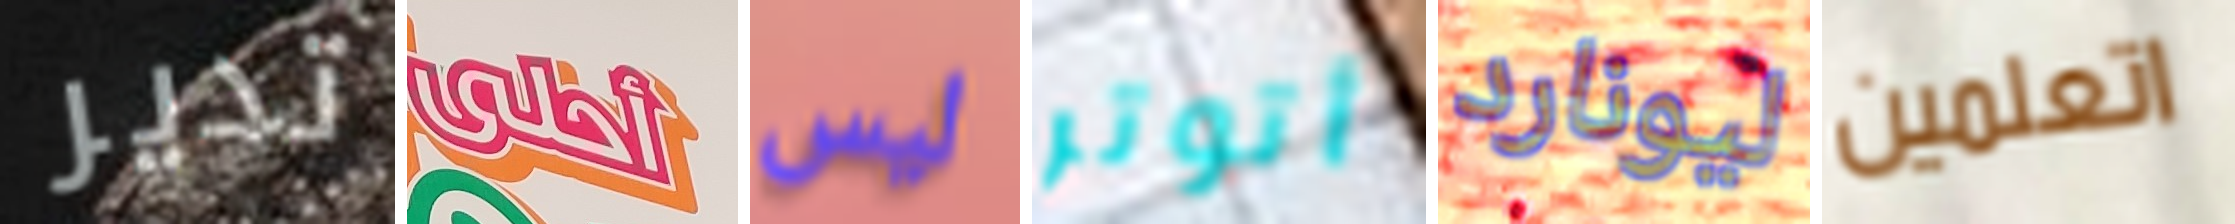
تدير أحلى ليس أتوتر ليونارد اتعلمين